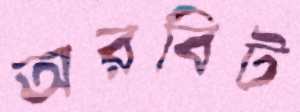
অরবিট